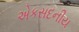
એકસદનીય